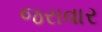
જરાવાર